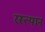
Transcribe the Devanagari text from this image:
रस्त्यानं